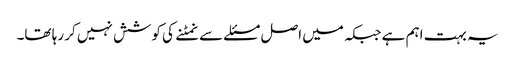
یہ بہت اہم ہے جبکہ میں اصل مسئلے سے نمٹنے کی کوشش نہیں کر رہا تھا۔